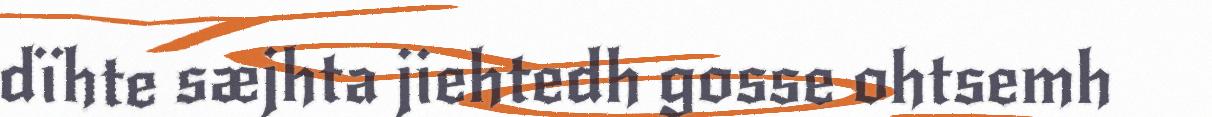
dïhte sæjhta jiehtedh gosse ohtsemh